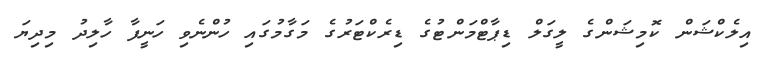
އިލެކްޝަން ކޮމިޝަންގެ ލީގަލް ޑިޕާޓްމަންޓުގެ ޑިރެކްޓަރުގެ މަގާމުގައި ހުންނެވި ހަނީފާ ހާލިދު މިދިޔަ